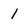
Character: 1